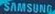
SAMSUNG